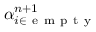
\alpha _ { i \in \mathrm { ~ e ~ m ~ p ~ t ~ y ~ } } ^ { n + 1 }